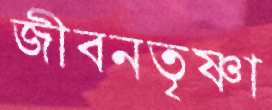
জীবনতৃষ্ণা